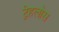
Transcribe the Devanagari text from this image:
ट्रेहलोस